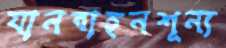
যানবাহনশূন্য